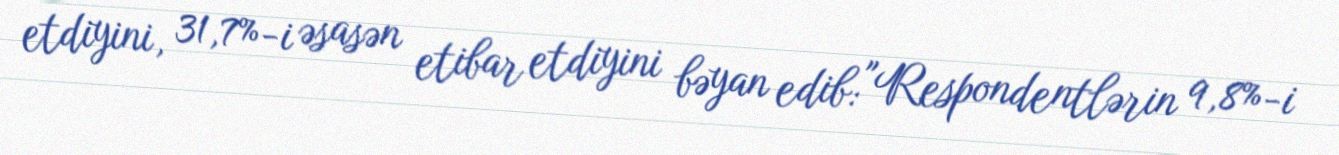
etdiyini, 31,7%-i əsasən etibar etdiyini bəyan edib: "Respondentlərin 9,8%-i